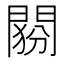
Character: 𨴶